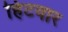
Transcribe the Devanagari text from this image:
हिटवार